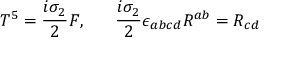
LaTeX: T ^ { 5 } = { \frac { i \sigma _ { 2 } } { 2 } } F , \ \ \ \ \ { \frac { i \sigma _ { 2 } } { 2 } } \epsilon _ { a b c d } R ^ { a b } = R _ { c d }